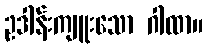
ဥဒါန်းကျူးသော ဂါထာ။